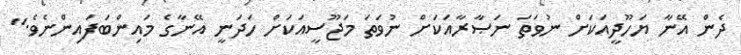
ދެން އޭނާ ޔަހޫދީއަކަށް ނުވަތަ ނަޞާރާއަކަށް ނުވަތަ މަޖޫސީއަކަށް ހަދަނީ އޭނާގެ މައިންބަފައިންނެވެ."